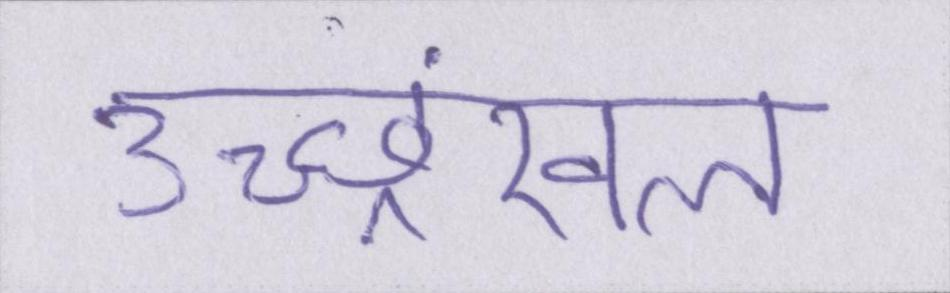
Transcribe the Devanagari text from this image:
उच्छ्रंखल